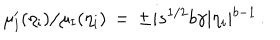
LaTeX: \mu _ { \mathrm { I } } ^ { \prime } ( \eta _ { \mathrm { i } } ) / \mu _ { \mathrm { I } } ( \eta _ { \mathrm { i } } ) \, = \, \pm i s ^ { 1 / 2 } b \gamma \vert \eta _ { i } \vert ^ { b - 1 } \, .